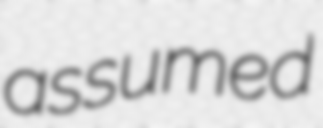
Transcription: assumed